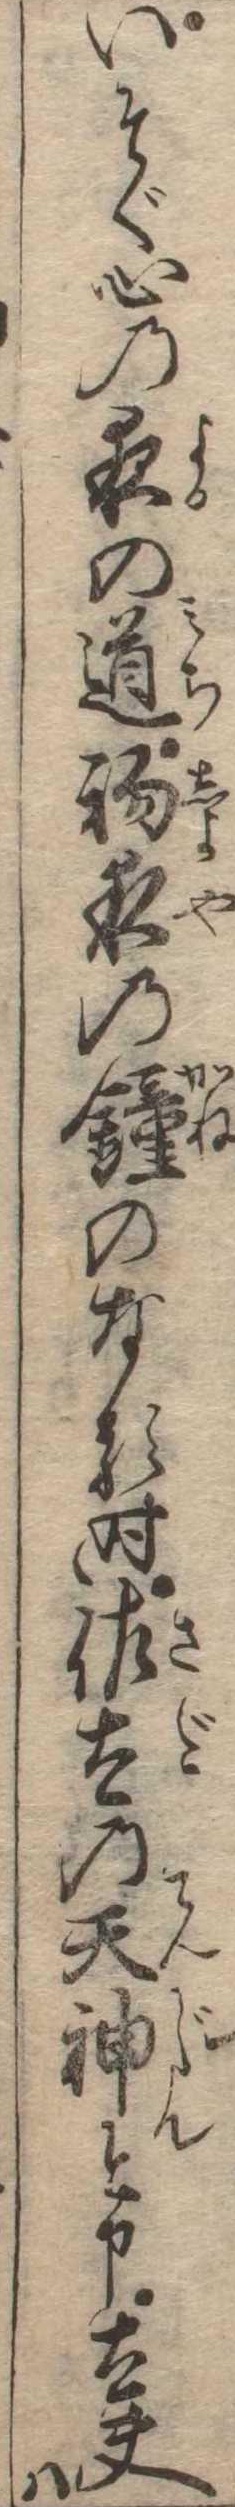
いそぐ心の夜の道初夜の鐘のなる時佐太の天神と申太夫は